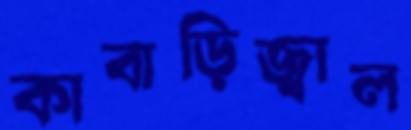
কাবাড়িজ্বাল